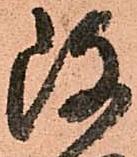
改